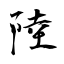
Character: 陸